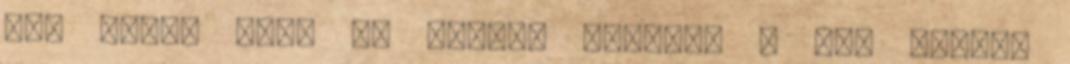
még korán van. De sebaj. Köszön, s nem messze